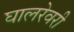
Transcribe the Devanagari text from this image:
घालरेवरी